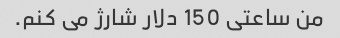
من ساعتی 150 دلار شارژ می کنم.